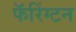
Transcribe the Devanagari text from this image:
फॅरिंग्टन